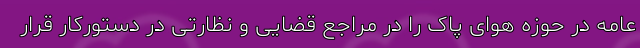
عامه در حوزه هوای پاک را در مراجع قضایی و نظارتی در دستورکار قرار